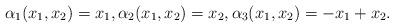
LaTeX: \begin{align*}\alpha_1(x_1,x_2) = x_1, \alpha_2(x_1,x_2) = x_2, \alpha_3(x_1,x_2) = -x_1+x_2.\end{align*}